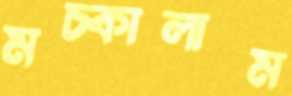
মচ্‌কালাম